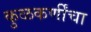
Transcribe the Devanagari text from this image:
कुळकर्णींचा